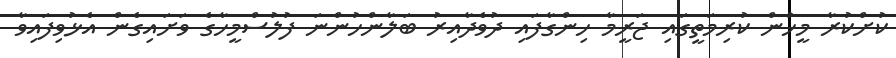
ކުށްކުރާ މީހުން ކުރިމަތީގައި ޖަރީމާ ހިންގާފައި ދުވެދާއިރު ބަލާންހުންނަ ފުލުސްމީހާގެ ވަށައިގެން އެޅުވިފައިވާ